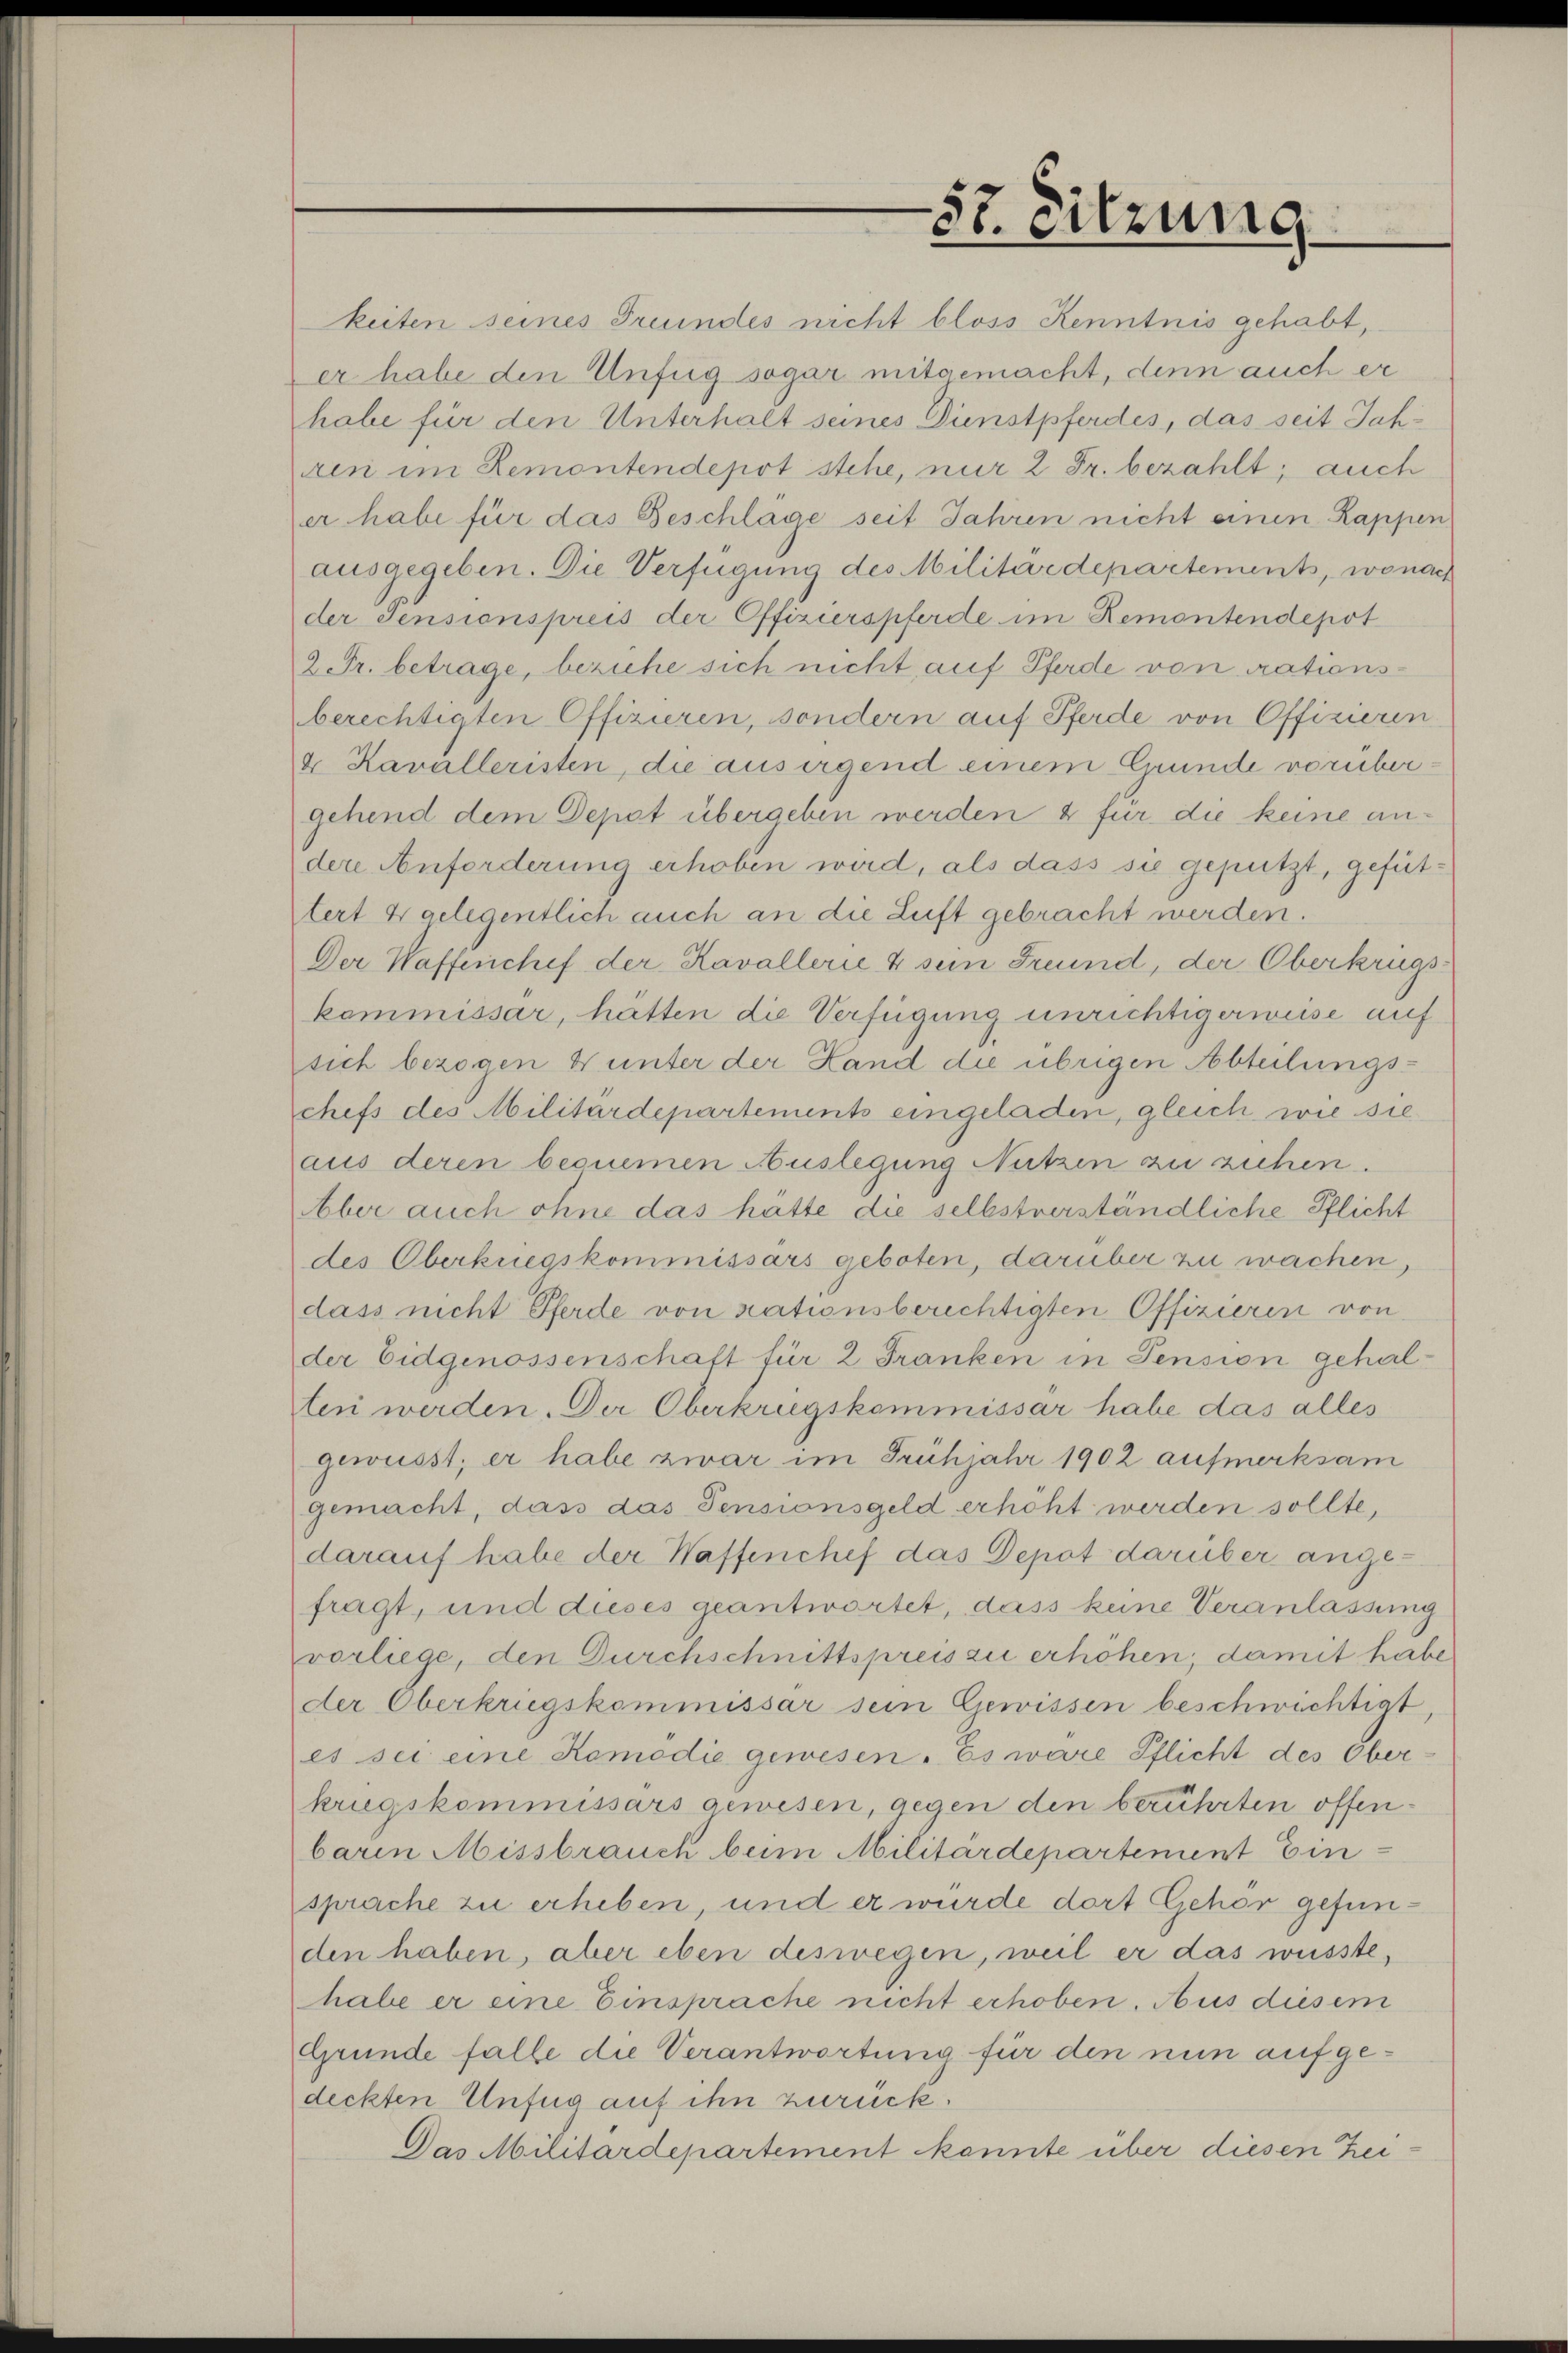
57. Sitzung

keiten seines Freundes nicht bloss Kenntnis gehabt,
er habe den Unfug sogar mitgemacht, denn auch er
habe für den Unterhalt seines Dünstpferdes, das seit Jahren im Remontendepot stehe, nur 2 Fr. bezahlt; auch
er habe für das Beschlage seit Jahren nicht einen Kappen
ausgegeben. Die Verfügung des Militärdepartements, wonach
der Jensionspreis der Offizierspferde im Remontendepot
2 Fr. betrage, beziehe sich nicht auf Pferde von rationsberechtigten Offizieren, sondern auf Pferde von Offizieren
4 Kavalleristen, die aus irgend einem Grunde vorübergehend dem Depot übergeben werden 2 für die keine andere Anforderung erhoben wird, als dass sie gepützt, gefüttert 4 gelegentlich auch an die Luft gebracht werden.
Der Waffenchef der Kavallerie & sein Freund, der Oberkriegs-
kommissar, hätten die Verfügung unrichtigerweise auf
sich bezogen 4 unter der Hand die übrigen Abteilungschefs des Militärdepartements eingeladen, gleich wie sie
aus deren bequemen Auslegung Nutzen zu suchen.
Aber auch ohne das hätte die selbstverständliche Pflicht
des Oberkungskommissärs geboten, darüber zu wachen,
dass nicht Pferde von rationsberechtigten Offizieren von
der Eidgenossenschaft für 2 Franken in Pension gehalten werden. Der Oberkrugskommissar habe das alles
gewusst; er habe zwar im Frühjahr 1902 aufmerksam
gemacht, dass das Pensionsgeld erhöht werden sollte,
darauf habe der Waffenchef das Depot darüber angefragt, und dieses geantwortet, dass keine Veranlassung
vorliege, den Durchschnittspreis zu erhöhen, damit habe
der Oberkrugskommissar sein Gewissen beschwichtigt,
es sei eine Komödie gewesen. Es wäre Pflicht des Oberkriegskommissärs gewesen, gegen den berührten offenbarin Missbrauch beim Militärdepartement Ein
sprache zu erheben, und er wurde dort Gehör gefunden haben, aber eben deswegen, weil er das wüsste,
habe er eine Einsprache nicht erhoben. Aus diesem
Grunde falle die Verantwortung für den nun auf gedeckten Unfug auf ihn zurück.
Das Militärdepartement kannte über diesen Zei¬